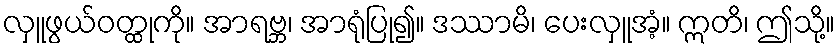
လှူဖွယ်ဝတ္ထုကို။ အာရဗ္ဘ၊ အာရုံပြု၍။ ဒဿာမိ၊ ပေးလှူအံ့။ ဣတိ၊ ဤသို့။